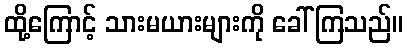
ထို့ကြောင့် သားမယားများကို ခေါ်ကြသည်။